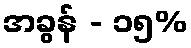
အခွန် - ၁၅%